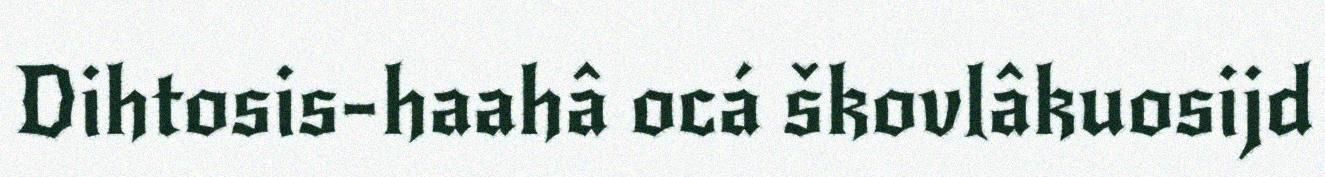
Dihtosis-haahâ ocá škovlâkuosijd